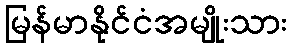
မြန်မာနိုင်ငံအမျိုးသား